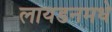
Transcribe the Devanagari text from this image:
लायडनमधे